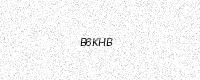
Text: B6KHB